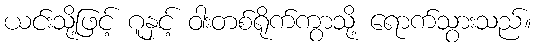
ယင်းသို့ဖြင့် ဂူနှင့် ဝါးတစ်ရိုက်ကွာသို့ ရောက်သွားသည်။